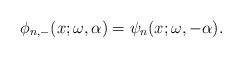
LaTeX: \begin{gather*} \phi _{n,-}(x;\omega ,\alpha )=\psi _{n}(x;\omega ,-\alpha ).\end{gather*}